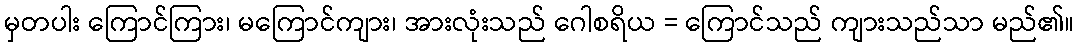
မှတပါး ကြောင်ကြား၊ မကြောင်ကျား၊ အားလုံးသည် ဂေါစရိယ = ကြောင်သည် ကျားသည်သာ မည်၏။